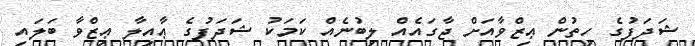
ޝަދަފުގެ ހިތުން ޢިޒްވާއަށް ޖާގައެއް ލިބުނެއް ކަމަކު ޝަދަފުގެ ޢާއިލާ ޢިޒްވާ ބަލައި